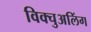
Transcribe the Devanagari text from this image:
विक्चुअलिंग